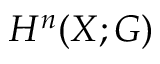
H ^ { n } ( X ; G )